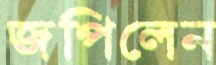
জপিলেন